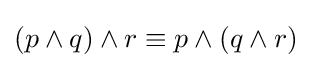
(p\wedge q)\wedge r\equiv p\wedge (q\wedge r)